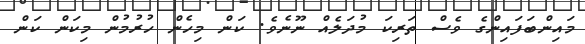
މައިންބަފައިންގެ ވެސް ތަރިކަ މުދަލެއް ނޫނެވެ. ކަން މިހެން ހުރުމުން މިކަން ކަން